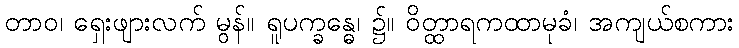
တာဝ၊ ရှေးဖျားလက် မွန်။ ရူပက္ခန္ဓေ၊ ၌။ ဝိတ္ထာရကထာမုခံ၊ အကျယ်စကား